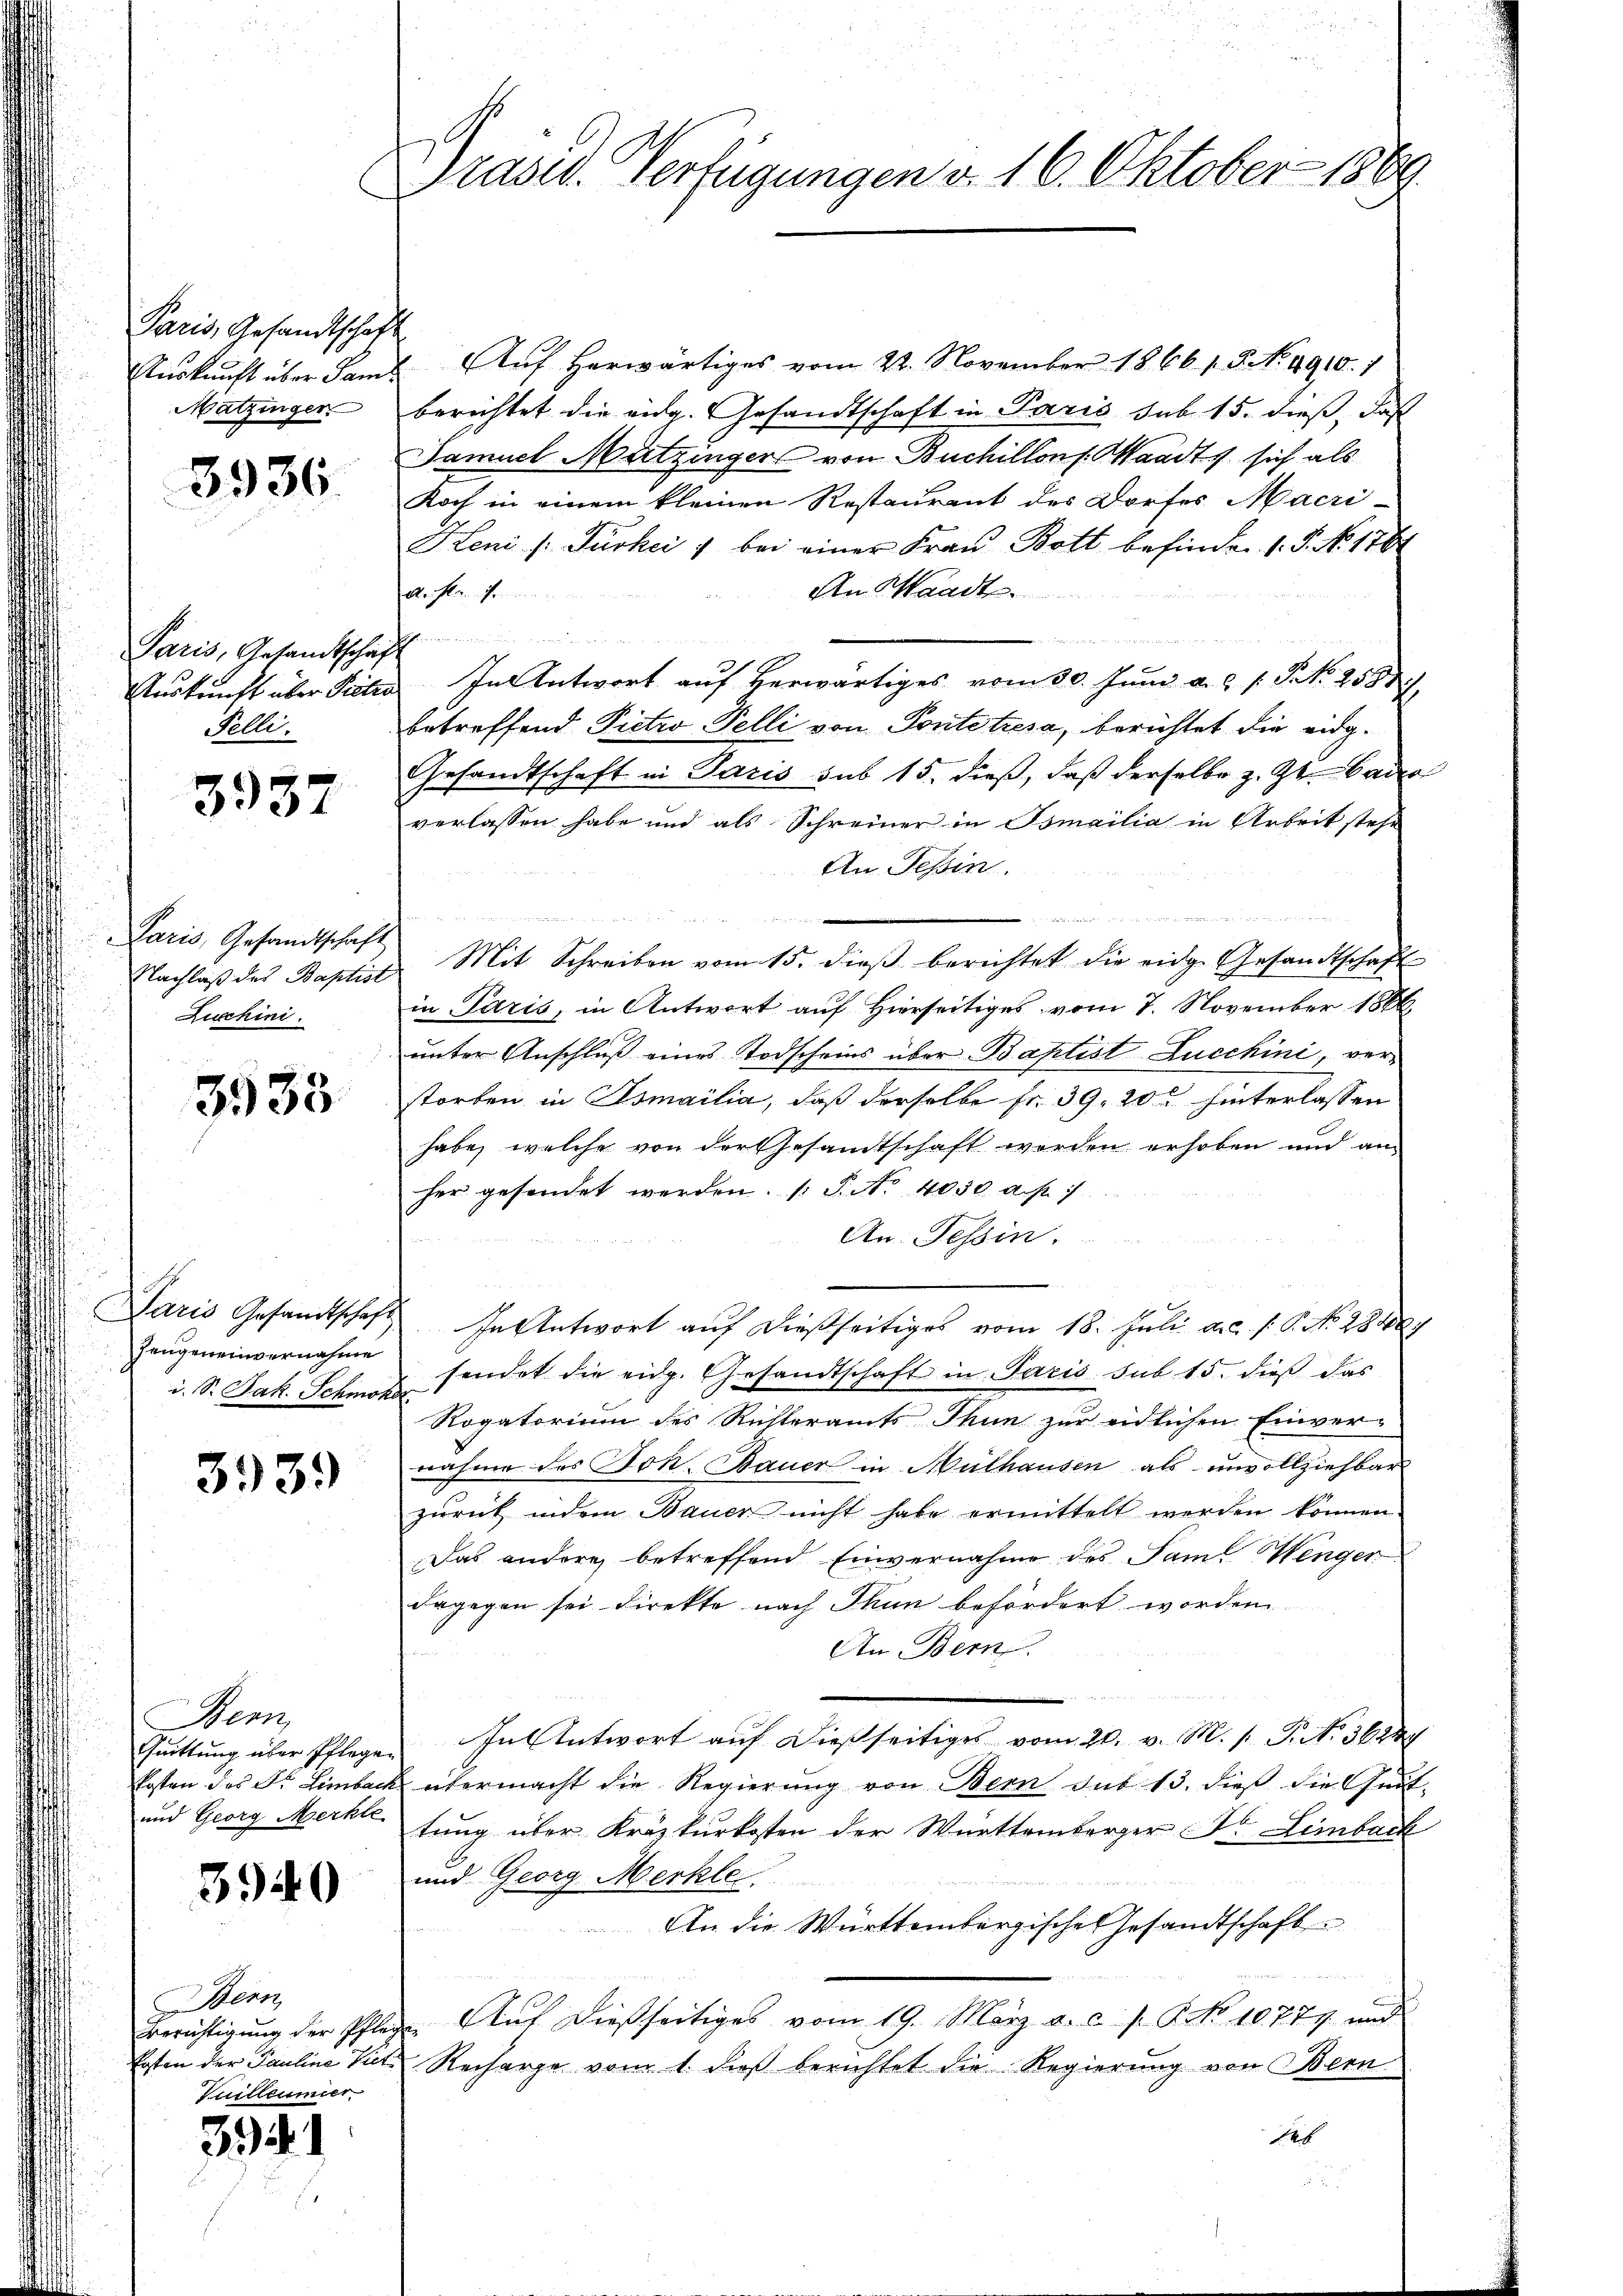
Paris, Gesandtschaft
Matzinger

3936.

Paris, Gesandtschaft
Felli.

3937

Paris, Gesandtschaft
Zucchini.

3933

geneinvernahme
S. Jak. Schmöhe

3939

Wenn
Quittung über Pflegen
und Georg Merkte

3940

Auskunft über Samt Auf herwärtiges vom 22. November 1866 15. No. 4910. 1
berichtet die eidg. Gesandtschaft in Paris sub 15. dieß, daß
Samuel Mutzinger von Buchillons Waadt sich als
Koch in einem kleinen Restaurant des Dorfes Macri-
HLeni /: Türkei 1 bei einer Fraŭ Bott befinden 1. P. No. 1784
An Waadt.
A. fr. f.
Auskunft über Sectio In Antwort auf herwärtiges vom 30. Juni a. s. S. 258).
betreffend Pietwo Telli von Pontetzesa, berichtet die eidg.
Gesandtschaft in Paris sub 15. dieß, daß derselbe z. Zt. Cada
verlassen habe und als Schreiner in Osmailia in Arbeit stehe
An Tessin.
.
e

Nachlaβ des Baptist Mit Schreiben vom 15. dieβ berichtet die eidg. Gesandtschaft
in Paris, in Antwort auf Hierseitiges vom 7. November 1886
unter Anschluß eines Todscheins über Baptist Lucchini, verstorben in Osmailia, daß derselbe fr. 39. 20. hinterlassen
habe, welche von der Gesandtschaft werden erhoben und an
her gesendet werden. (T. No 4050 a. p. 1
An Tessin.
rris Gesandtschaft in Antwort aŭf dießseitiges vom 18. Juli a.c. s. S. No. 28481
sendet die eidg. Gesandtschaft in Paris sub 15. dieß das
Rogatorium des Ritteramts Thun zur eidlichen Einver-
nahme des Joh. Bauer in Mülhausen als unvollziehbar
zurück indem Bauer nicht habe ermittelt werden können.
Das andere betreffend Einvernahme des Saml Menger
dagegen sei direkte nach Thun befördert worden
An Bern
In Antwort auf dießseitiges vom 20. v. M. h. T. N. 3622
kosten des Dr. Limbeck übermacht die Regierung von Bern sub 13. dieß die Quat-
tung über Krazkurkosten der Württemberger Dr. Limbeck
und Georg Merkle
An die Württembergische Gesandtschaft
Berichtigung der Pflege. Auf dießseitiges vom 19. März a. c. s. G. No 10777 und
kosten der Pauline Piete Recharge vom 1. dieß berichtet die Regierung von Bern
1

Bern
Vuilleumier

39 f. 1

Praser Verfügungen d. 16. Oktober 1869